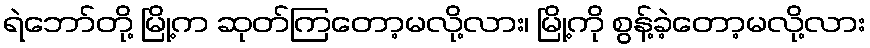
ရဲဘော်တို့ မြို့က ဆုတ်ကြတော့မလို့လား၊ မြို့ကို စွန့်ခဲ့တော့မလို့လား